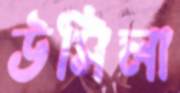
উসিলা